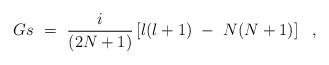
LaTeX: \begin{align*}Gs~=~{i \over (2N+1) } \left[ l(l+1)~-~N (N+1) \right] ~~, \end{align*}